Annual report of the Punjab Veterinary College and of the Civil Veterinary Department, Punjab - 1920-1925
Year: 1920
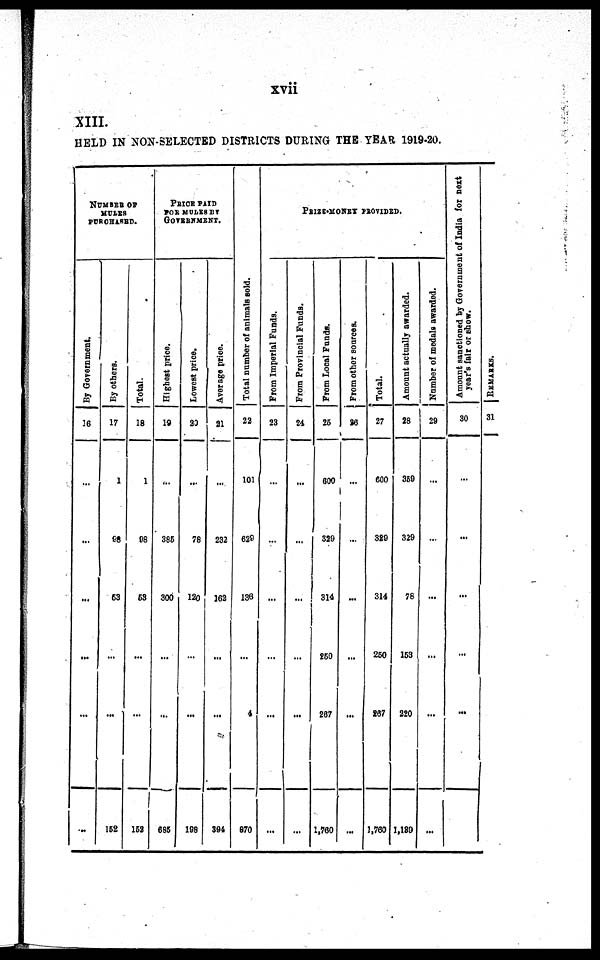
xvii
XIII.
HELD IN NON- SELECTED DISTRICTS DURING T H E YEAR 1919-20.
NUMBER OF
MULES
PURCHASED.
By Government.
16
...
...
...
...
...
...
By others.
17
...
98
53
...
...
152
Total.
18
1
98
53
...
...
152
PRICE PAID
FOR MULES BY
GOVERNMENT.
Highest price.
19
...
385
300
...
...
685
Lowest price.
20
...
78
120
...
...
198
Average price.
21
...
232
162
...
...
394
Total number
of animals sold.
22
101
629
136
...
4
870
PRIZE-MONEY PROVIDED.
From Imperial Funds.
23
...
...
...
...
...
...
From Provincial Funds.
24
...
...
...
...
...
...
From Local Funds.
25
600
329
314
250
267
1, 760
From other
sources.
26
...
...
...
...
...
...
Total.
27
600
329
314
250
267
1, 760
Amount actually awarded.
28
359
329
78
153
220
1, 189
Number of medals awarded.
29
...
...
...
...
...
...
Amount sanctioned by Government of India for next
year's fair or show.
30
...
...
...
...
...
...
REMARKS.
31